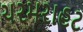
ચરમરાહટ